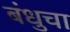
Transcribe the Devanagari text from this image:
बंधुचा